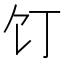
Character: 饤